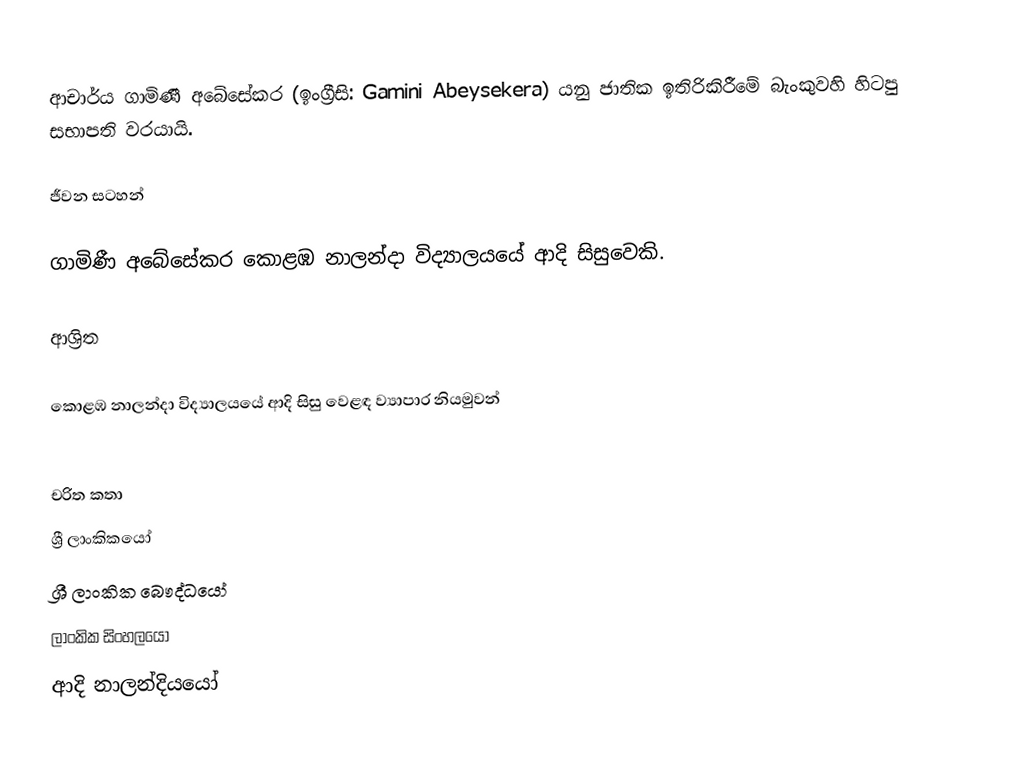
ආචාර්ය ගාමිණී අබේසේකර (ඉංග්‍රීසි: Gamini Abeysekera) යනු  ජාතික ඉතිරිකිරීමේ බැංකුවහි හිටපු සභාපති වරයායි.

ජීවන සටහන්

ගාමිණී අබේසේකර  කොළඹ නාලන්දා විද්‍යාලයයේ ආදි සිසුවෙකි.

ආශ්‍රිත

 කොළඹ නාලන්දා විද්‍යාලයයේ ආදි සිසු වෙළඳ ව්‍යාපාර නියමුවන්

චරිත කතා
ශ්‍රී ලාංකිකයෝ
ශ්‍රී ලාංකික බෞද්ධයෝ
ලාංකික සිංහලයෝ
ආදි නාලන්දියයෝ